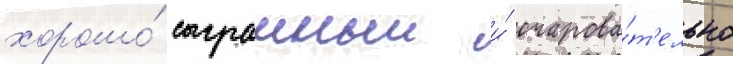
хорошо́ сыгранныи и́ очарова́т'ельно